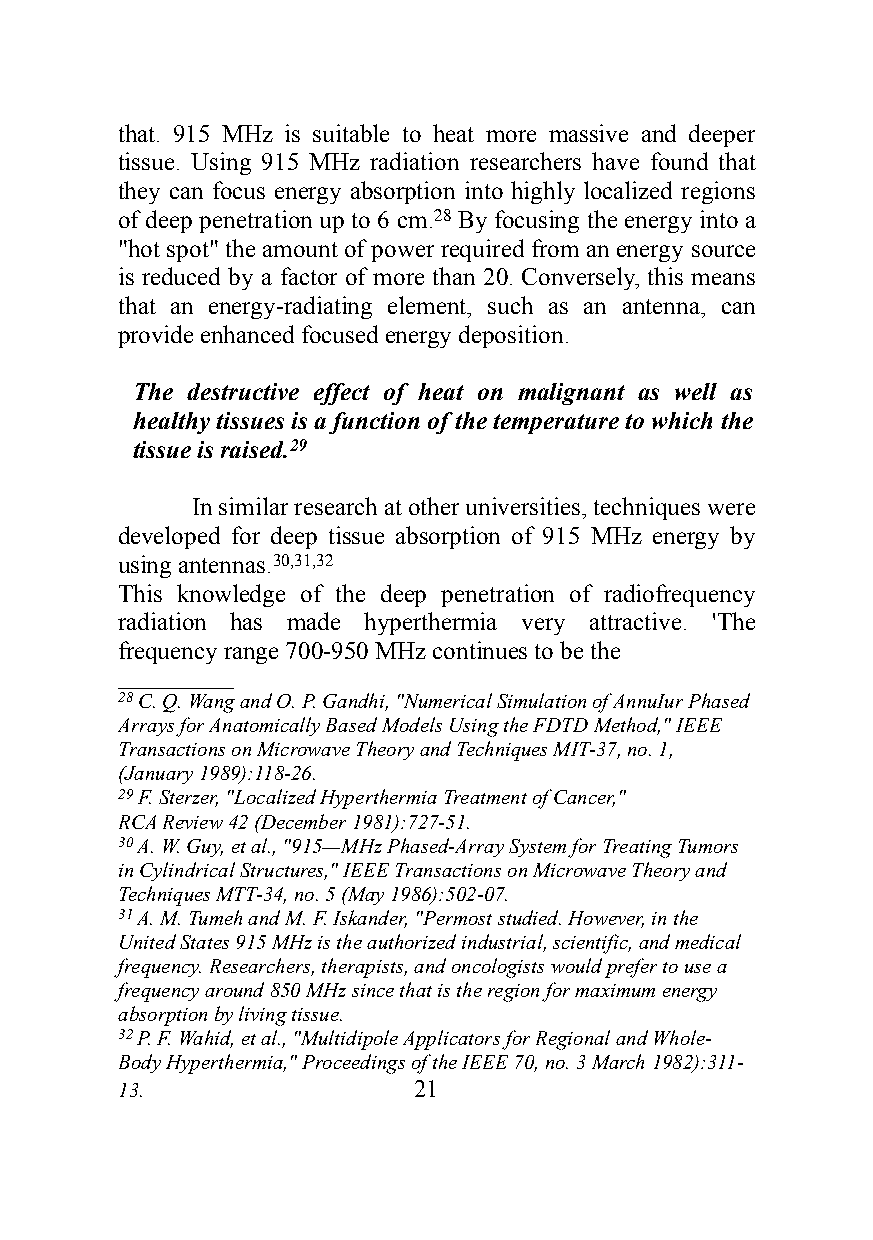
that. 915 MHz is suitable to heat more massive and deeper
 tissue. Using 915 MHz radiation researchers have found that
 they can focus energy absorption into highly localized regions
 of deep penetration up to 6 cm.28 By focusing the energy into a
 "hot spot" the amount of power required from an energy source
 is reduced by a factor of more than 20. Conversely, this means
 that an energy-radiating element, such as an antenna, can
 provide enhanced focused energy deposition.
 The destructive effect of heat on malignant as well as
 healthy tissues is a function of the temperature to which the
 tissue is raised.29
 In similar research at other universities, techniques were
 developed for deep tissue absorption of 915 MHz energy by
 using antennas.30,31,32
 This knowledge of the deep penetration of radiofrequency
 radiation has made hyperthermia very attractive. 'The
 frequency range 700-950 MHz continues to be the
 ___________
 28 C. Q. Wang and O. P. Gandhi, "Numerical Simulation of AnnuIur Phased
 Arrays for Anatomically Based Models Using the FDTD Method," IEEE
 Transactions on Microwave Theory and Techniques MIT-37, no. 1,
 (January 1989):118-26.
 29 F. Sterzer, "Localized Hyperthermia Treatment of Cancer,"
 RCA Review 42 (December 1981):727-51.
 30 A. W. Guy, et al., "915—MHz Phased-Array System for Treating Tumors
 in Cylindrical Structures," IEEE Transactions on Microwave Theory and
 Techniques MTT-34, no. 5 (May 1986):502-07.
 31 A. M. Tumeh and M. F. Iskander, "Permost studied. However, in the
 United States 915 MHz is the authorized industrial, scientific, and medical
 frequency. Researchers, therapists, and oncologists would prefer to use a
 frequency around 850 MHz since that is the region for maximum energy
 absorption by living tissue.
 32 P. F. Wahid, et al., "Multidipole Applicators for Regional and Whole-
 Body Hyperthermia," Proceedings of the IEEE 70, no. 3 March 1982):311-
 13.                21